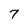
Character: 7